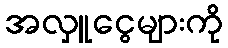
အလှူငွေများကို